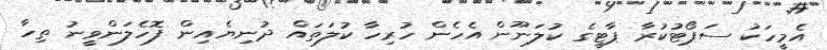
އެމީހަކު ސަޕޯޓުކުރާ ޕާޓީގެ ކުލަނޫން އެހެން ހުރިހާ ކުލަތައް ދުނިޔެއިން ފޮހެލަންވީނު ތިހާ